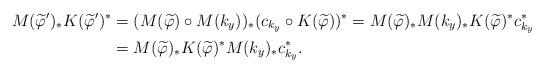
LaTeX: \begin{align*}M(\widetilde \varphi ')_* K(\widetilde \varphi ')^* &= (M(\widetilde \varphi) \circ M(k _y ) ) _* (c_{k_y} \circ K(\widetilde \varphi ) )^*=M(\widetilde \varphi)_* M(k_y)_* K(\widetilde \varphi )^* c_{k_y}^*\\&=M(\widetilde \varphi)_* K(\widetilde \varphi )^* M(k_y) _* c_{k_y}^*.\end{align*}